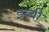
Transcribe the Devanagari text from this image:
इब्बी